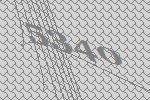
5340